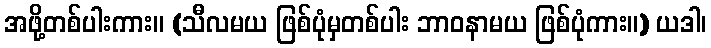
အဖို့တစ်ပါးကား။ (သီလမယ ဖြစ်ပုံမှတစ်ပါး ဘာဝနာမယ ဖြစ်ပုံကား။) ယဒါ၊